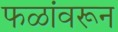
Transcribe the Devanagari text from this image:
फळांवरून